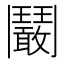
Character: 鬫